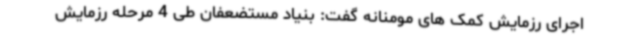
اجرای رزمایش کمک های مومنانه گفت: بنیاد مستضعفان طی 4 مرحله رزمایش